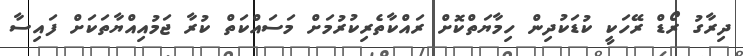
ދިރާގު ރޯޑް ރޭހަކީ ކުޑަކުދިން ހިމާޔަތްކޮށް ރައްކާތެރިކުރުމަށް މަސައްކަތް ކުރާ ޖަމުއިއްޔާތަކަށް ފައިސާ